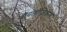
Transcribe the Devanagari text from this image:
बॉयलॉजिकल